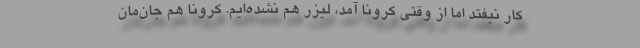
کار نیفتد اما از وقتی کرونا آمد، لیزر هم نشده‌ایم. کرونا هم جان‌مان